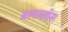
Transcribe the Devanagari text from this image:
बायब्लॉस